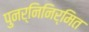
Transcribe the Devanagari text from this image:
पुनर्निनिर्मित